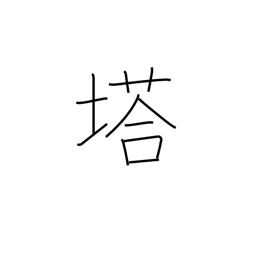
Meaning: pagoda